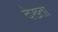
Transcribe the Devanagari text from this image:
देख्ता